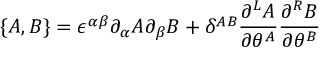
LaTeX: \{ A , B \} = \epsilon ^ { \alpha \beta } \partial _ { \alpha } A \partial _ { \beta } B + \delta ^ { A B } \frac { \partial ^ { L } A } { \partial \theta ^ { A } } \frac { \partial ^ { R } B } { \partial \theta ^ { B } }